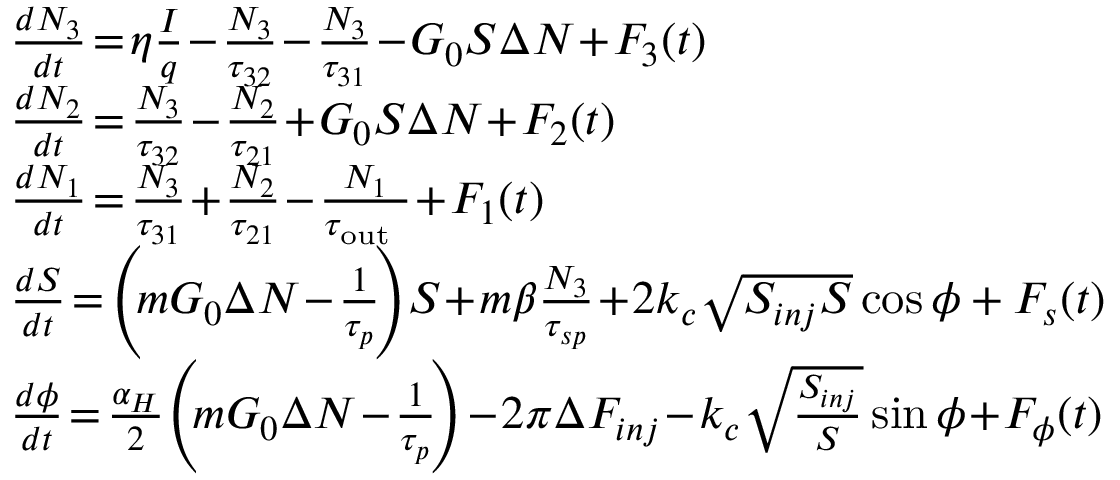
\begin{array} { r l } & { \frac { d N _ { 3 } } { d t } \! = \! \eta \frac { I } { q } \! - \! \frac { N _ { 3 } } { \tau _ { 3 2 } } \! - \! \frac { N _ { 3 } } { \tau _ { 3 1 } } \! - \! G _ { 0 } S \Delta N \! + \! F _ { 3 } ( t ) } \\ & { \frac { d N _ { 2 } } { d t } \! = \! \frac { N _ { 3 } } { \tau _ { 3 2 } } \! - \! \frac { N _ { 2 } } { \tau _ { 2 1 } } \! + \! G _ { 0 } S \Delta N \! + \! F _ { 2 } ( t ) } \\ & { \frac { d N _ { 1 } } { d t } \! = \! \frac { N _ { 3 } } { \tau _ { 3 1 } } \! + \! \frac { N _ { 2 } } { \tau _ { 2 1 } } \! - \! \frac { N _ { 1 } } { \tau _ { \mathrm { o u t ~ } } } \! + \! F _ { 1 } ( t ) } \\ & { \frac { d S } { d t } \! = \! \left( \! m G _ { 0 } \Delta N \! - \! \frac { 1 } { \tau _ { p } } \! \right) \! S \! + \! m \beta \frac { N _ { 3 } } { \tau _ { s p } } \! + \! 2 k _ { c } \sqrt { S _ { i n j } S } \cos \phi + F _ { s } ( t ) } \\ & { \frac { d \phi } { d t } \! = \! \frac { \alpha _ { H } } { 2 } \! \left( \! m G _ { 0 } \Delta N \! - \! \frac { 1 } { \tau _ { p } } \! \right) \! - \! 2 \pi \Delta F _ { i n j } \! - \! k _ { c } \sqrt { \frac { S _ { i n j } } { S } } \sin \phi \! + \! F _ { \phi } ( t ) } \end{array}